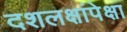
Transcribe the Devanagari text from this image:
दशलक्षांपेक्षा